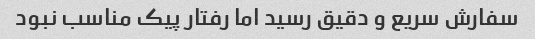
سفارش سریع و دقیق رسید اما رفتار پیک مناسب نبود